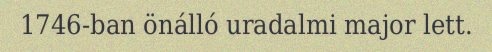
1746-ban önálló uradalmi major lett.